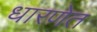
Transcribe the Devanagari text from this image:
धारणेत